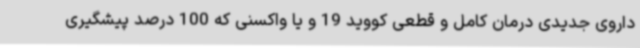
داروی جدیدی درمان کامل و قطعی کووید 19 و یا واکسنی که 100 درصد پیشگیری